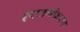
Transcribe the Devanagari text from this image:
इष्‍टतमीकरण